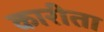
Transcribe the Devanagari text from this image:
कारीता